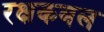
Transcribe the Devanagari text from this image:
रक्षकबल